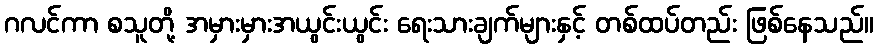
ဂလင်ကာ စသူတို့ အမှားမှားအယွင်းယွင်း ရေးသားချက်များနှင့် တစ်ထပ်တည်း ဖြစ်နေသည်။